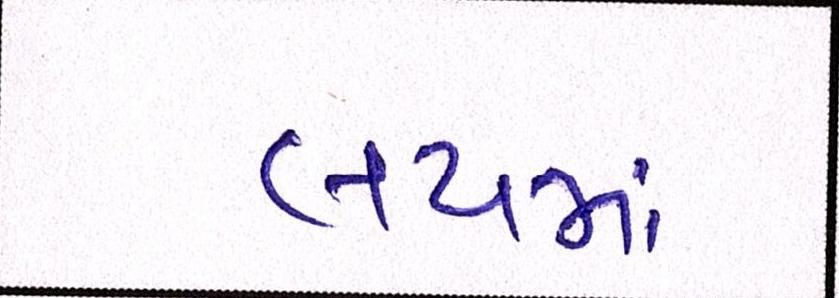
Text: લયમાં